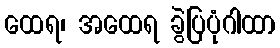
ထေရ၊ အထေရ ခွဲပြပုံဂါထာ